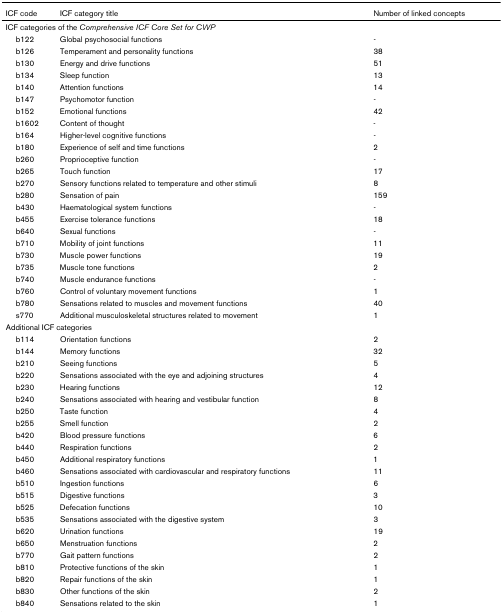
<table><thead><tr><td><b>ICF code</b></td><td><b>ICF category title</b></td><td><b>Number of linked concepts</b></td></tr></thead><tbody><tr><td colspan="3">ICF categories of the <i>Comprehensive ICF Core Set for CWP</i></td></tr><tr><td> b122</td><td>Global psychosocial functions</td><td>-</td></tr><tr><td> b126</td><td>Temperament and personality functions</td><td>38</td></tr><tr><td> b130</td><td>Energy and drive functions</td><td>51</td></tr><tr><td> b134</td><td>Sleep function</td><td>13</td></tr><tr><td> b140</td><td>Attention functions</td><td>14</td></tr><tr><td> b147</td><td>Psychomotor function</td><td>-</td></tr><tr><td> b152</td><td>Emotional functions</td><td>42</td></tr><tr><td> b1602</td><td>Content of thought</td><td>-</td></tr><tr><td> b164</td><td>Higher-level cognitive functions</td><td>-</td></tr><tr><td> b180</td><td>Experience of self and time functions</td><td>2</td></tr><tr><td> b260</td><td>Proprioceptive function</td><td>-</td></tr><tr><td> b265</td><td>Touch function</td><td>17</td></tr><tr><td> b270</td><td>Sensory functions related to temperature and other stimuli</td><td>8</td></tr><tr><td> b280</td><td>Sensation of pain</td><td>159</td></tr><tr><td> b430</td><td>Haematological system functions</td><td>-</td></tr><tr><td> b455</td><td>Exercise tolerance functions</td><td>18</td></tr><tr><td> b640</td><td>Sexual functions</td><td>-</td></tr><tr><td> b710</td><td>Mobility of joint functions</td><td>11</td></tr><tr><td> b730</td><td>Muscle power functions</td><td>19</td></tr><tr><td> b735</td><td>Muscle tone functions</td><td>2</td></tr><tr><td> b740</td><td>Muscle endurance functions</td><td>-</td></tr><tr><td> b760</td><td>Control of voluntary movement functions</td><td>1</td></tr><tr><td> b780</td><td>Sensations related to muscles and movement functions</td><td>40</td></tr><tr><td> s770</td><td>Additional musculoskeletal structures related to movement</td><td>1</td></tr><tr><td colspan="3">Additional ICF categories</td></tr><tr><td> b114</td><td>Orientation functions</td><td>2</td></tr><tr><td> b144</td><td>Memory functions</td><td>32</td></tr><tr><td> b210</td><td>Seeing functions</td><td>5</td></tr><tr><td> b220</td><td>Sensations associated with the eye and adjoining structures</td><td>4</td></tr><tr><td> b230</td><td>Hearing functions</td><td>12</td></tr><tr><td> b240</td><td>Sensations associated with hearing and vestibular function</td><td>8</td></tr><tr><td> b250</td><td>Taste function</td><td>4</td></tr><tr><td> b255</td><td>Smell function</td><td>2</td></tr><tr><td> b420</td><td>Blood pressure functions</td><td>6</td></tr><tr><td> b440</td><td>Respiration functions</td><td>2</td></tr><tr><td> b450</td><td>Additional respiratory functions</td><td>1</td></tr><tr><td> b460</td><td>Sensations associated with cardiovascular and respiratory functions</td><td>11</td></tr><tr><td> b510</td><td>Ingestion functions</td><td>6</td></tr><tr><td> b515</td><td>Digestive functions</td><td>3</td></tr><tr><td> b525</td><td>Defecation functions</td><td>10</td></tr><tr><td> b535</td><td>Sensations associated with the digestive system</td><td>3</td></tr><tr><td> b620</td><td>Urination functions</td><td>19</td></tr><tr><td> b650</td><td>Menstruation functions</td><td>2</td></tr><tr><td> b770</td><td>Gait pattern functions</td><td>2</td></tr><tr><td> b810</td><td>Protective functions of the skin</td><td>1</td></tr><tr><td> b820</td><td>Repair functions of the skin</td><td>1</td></tr><tr><td> b830</td><td>Other functions of the skin</td><td>2</td></tr><tr><td> b840</td><td>Sensations related to the skin</td><td>1</td></tr></tbody></table>